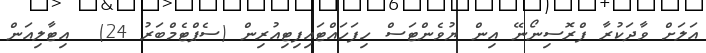
އަލަށް ވާދަކުރާ ފްރޮސިނޯނޭ އިން ޔުވެންޓަސް ހިފަހައްޓައިފިޓިއުރިން (ސެޕްޓެމްބަރު 24)  އިޓާލިއަން